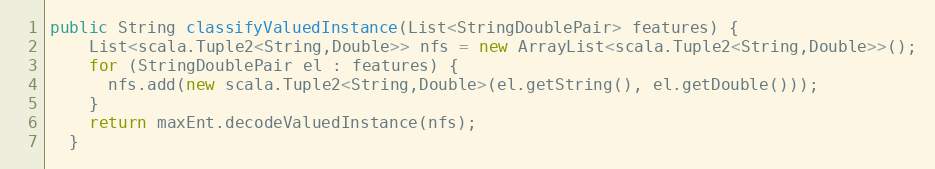
Language: Java
public String classifyValuedInstance(List<StringDoublePair> features) {
    List<scala.Tuple2<String,Double>> nfs = new ArrayList<scala.Tuple2<String,Double>>();
    for (StringDoublePair el : features) {
      nfs.add(new scala.Tuple2<String,Double>(el.getString(), el.getDouble()));
    }
    return maxEnt.decodeValuedInstance(nfs);
  }